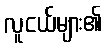
လူငယ်များ၏